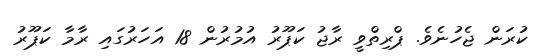
ކުރަން ޖެހުނެވެ. ޕްރިތްވީ ރާޖު ކަޕޫރު އުމުރުން 18 އަހަރުގައި ރާމާ ކަޕޫރު